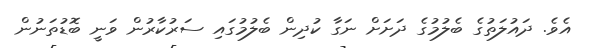
އެވެ. ދައުލަތުގެ ބެލުމުގެ ދަށަށް ނަގާ ކުދިން ބެލުމުގައި ސަރުކާރުން ވަނީ ބޮޑުތަނުން